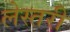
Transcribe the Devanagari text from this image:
लेस्तरी